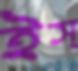
ইস্